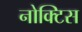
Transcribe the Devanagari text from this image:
नोक्टिस